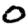
Digit: 0